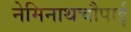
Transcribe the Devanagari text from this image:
नेमिनाथचौपाई